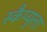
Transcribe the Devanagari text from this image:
स्कैप्युला